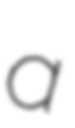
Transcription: a